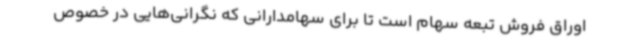
اوراق فروش تبعه سهام است تا برای سهامدارانی که نگرانی‌هایی در خصوص